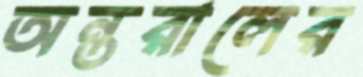
অন্তরালের